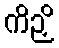
ကိဉှိ